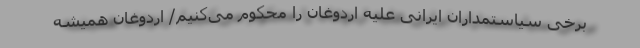
برخی سیاستمداران ایرانی علیه اردوغان را محکوم می‌کنیم/ اردوغان همیشه